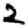
Digit: 2